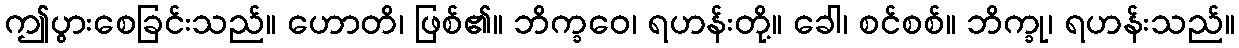
ဤပွားစေခြင်းသည်။ ဟောတိ၊ ဖြစ်၏။ ဘိက္ခဝေ၊ ရဟန်းတို့။ ခေါ၊ စင်စစ်။ ဘိက္ခု၊ ရဟန်းသည်။